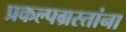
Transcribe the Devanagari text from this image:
प्रकल्पग्रस्तांना